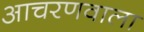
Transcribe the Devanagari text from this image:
आचरणवाला